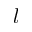
l